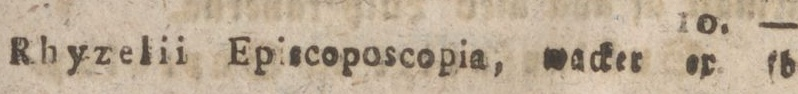
Rhyzelii Eplscoposcopia, wacker ex. fd.